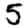
Digit: 5